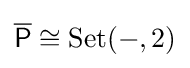
{\overline {\mathsf {P}}}\cong {\text{Set}}(-,2)